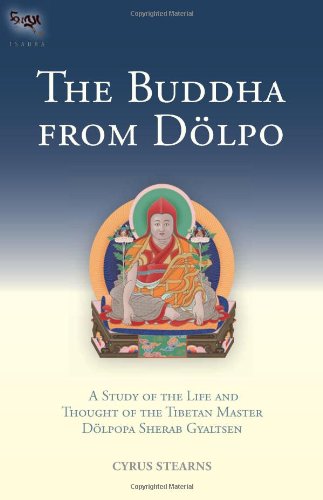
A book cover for The Buddha From Dolpo: A Study Of The Life And Thought Of The Tibetan Master Dolpopa Sherab Gyaltsen (Tsadra); Cyrus Stearns; Religion & Spirituality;